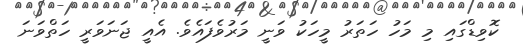
ކޮވިޑްގައި މި މަހު ހަތަރު މީހަކު ވަނީ މަރުވެފައެވެ. އެއީ ޖަނަވަރީ ހަތްވަނަ